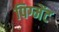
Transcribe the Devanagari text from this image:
पिग्मेंट